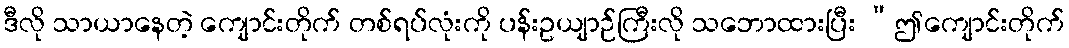
ဒီလို သာယာနေတဲ့ ကျောင်းတိုက် တစ်ရပ်လုံးကို ပန်းဥယျာဉ်ကြီးလို သဘောထားပြီး “ဤကျောင်းတိုက်